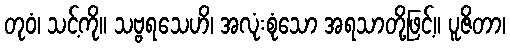
တုဝံ၊ သင့်ကို။ သဗ္ဗရသေဟိ၊ အလုံးစုံသော အရသာတို့ဖြင့်။ ပူဇိတာ၊